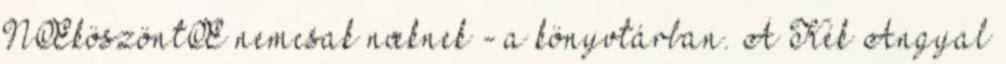
NŒköszöntŒ nemcsak nœknek - a könyvtárban. A Kék Angyal